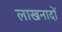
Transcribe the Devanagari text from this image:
लाखनादों